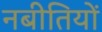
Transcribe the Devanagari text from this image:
नबीतियों